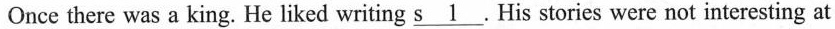
Once there was a king. He liked writing \underline{s 1}.His stories were not interesting at